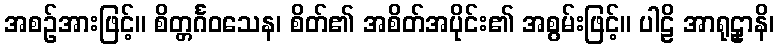
အစဉ်အားဖြင့်။ စိတ္တင်္ဂဝသေန၊ စိတ်၏ အစိတ်အပိုင်း၏ အစွမ်းဖြင့်။ ပါဠိ အာရုဠှာနိ၊